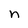
Character: n